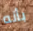
بأنه